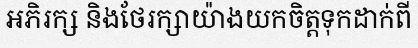
អភិរក្ស និងថែរក្សាយ៉ាងយកចិត្តទុកដាក់ពី